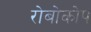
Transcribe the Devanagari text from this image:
रोबोकोप